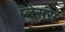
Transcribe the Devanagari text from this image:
ग्लेसस